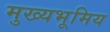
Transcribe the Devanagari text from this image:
मुख्यभूमिय